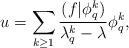
LaTeX: \begin{align*}u=\sum_{k\ge 1}\frac{(f|\phi_q^k)}{\lambda_q^k-\lambda}\phi_q^k,\end{align*}